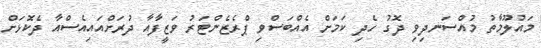
މައުލޫމާތު މުއްސަނދިވި ދޮގު ހެދި ކަމަށް އެއްބަސްވި ޕްރެޒެންޓަރު ވަޒީފާއާ ދުރަށްއައިއެސްއާ ދެކޮޅަށް